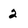
Character: 2